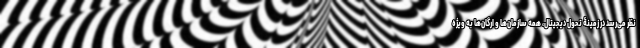
نظر می‌رسد در زمینۀ تحول دیجیتال، همه سازمان‌ها و ارگان‌ها به ویژه